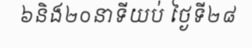
៦និង២០នាទីយប់ ថ្ងៃទី២៨